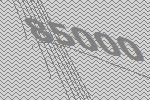
85000